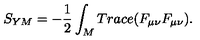
S _ { Y M } = - \frac { 1 } { 2 } \int _ { M } T r a c e ( F _ { \mu \nu } F _ { \mu \nu } ) .